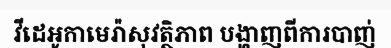
វីដេអូកាមេរ៉ាសុវត្ថិភាព បង្ហាញពីការបាញ់